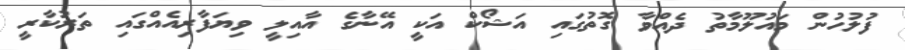
ފުލުހުން މައުލޫމާތު ދެއްވާ ގޮތުގައި އަޝޯކް އަކީ އޭނާގެ އާއިލީ ވިޔަފާރިއެއްގައި ތަރުކާރީ